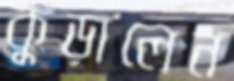
কুড়ালেন